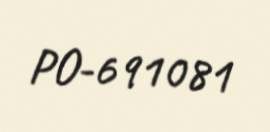
PO-691081